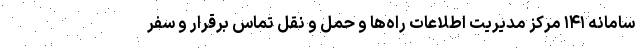
سامانه ۱۴۱ مرکز مدیریت اطلاعات راه‌ها و حمل و نقل تماس برقرار و سفر